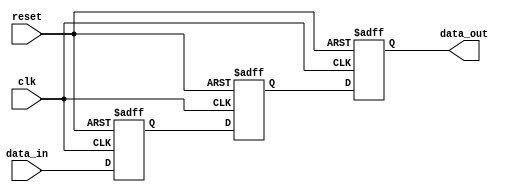
module pcie_controller (
    input wire clk,
    input wire reset,
    input wire data_in,
    output reg data_out
);

reg [7:0] data_buffer;
reg [7:0] synchronizer_reg;

always @(posedge clk or posedge reset) begin
    if (reset) begin
        data_buffer <= 8'b0;
        synchronizer_reg <= 8'b0;
        data_out <= 1'b0;
    end 
    else begin
        data_buffer <= data_in;
        synchronizer_reg <= data_buffer;
        data_out <= synchronizer_reg;
    end
end

endmodule